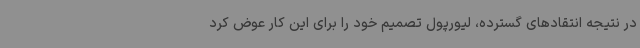
در نتیجه انتقادهای گسترده، لیورپول تصمیم خود را برای این کار عوض کرد